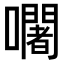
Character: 𡄢